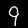
Digit: 9